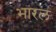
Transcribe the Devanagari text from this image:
भारल